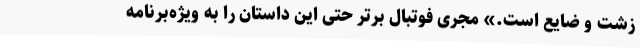
زشت و ضایع است.» مجری فوتبال برتر حتی این داستان را به ویژه‌برنامه